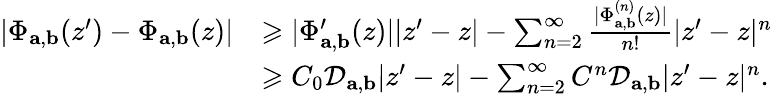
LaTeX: \begin{array}{rl}{\vert\Phi_{\textbf{a},\textbf{b}}(z^{\prime})-\Phi_{\textbf{a},\textbf{b}}(z)\vert}&{\geqslant\vert\Phi_{\textbf{a},\textbf{b}}^{\prime}(z)\vert\vert z^{\prime}-z\vert-\sum_{n=2}^{\infty}\frac{\vert\Phi_{\textbf{a},\textbf{b}}^{(n)}(z)\vert}{n!}\vert z^{\prime}-z\vert^{n}}\\ &{\geqslant C_{0}\mathcal{D}_{\textbf{a},\textbf{b}}\vert z^{\prime}-z\vert-\sum_{n=2}^{\infty}C^{n}\mathcal{D}_{\textbf{a},\textbf{b}}\vert z^{\prime}-z\vert^{n}.}\end{array}